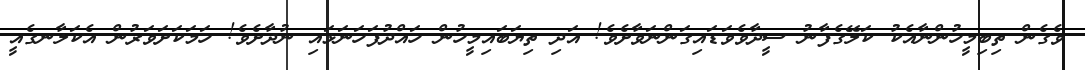
ވެގެން ތިބިމީހުންނާއެކު ކަލޭގެފާނު ސީދާވެވަޑައިގަންނަވާށެވެ! އަދި ތިޔަބައިމީހުން ހައްދުފަހަނަޅައި ނުދާށެވެ! ހަމަކަށަވަރުން އެކަލާނގެއީ